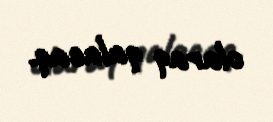
olaraq qalacaq.